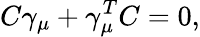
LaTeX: C\gamma_{\mu}+\gamma_{\mu}^{T}C=0,